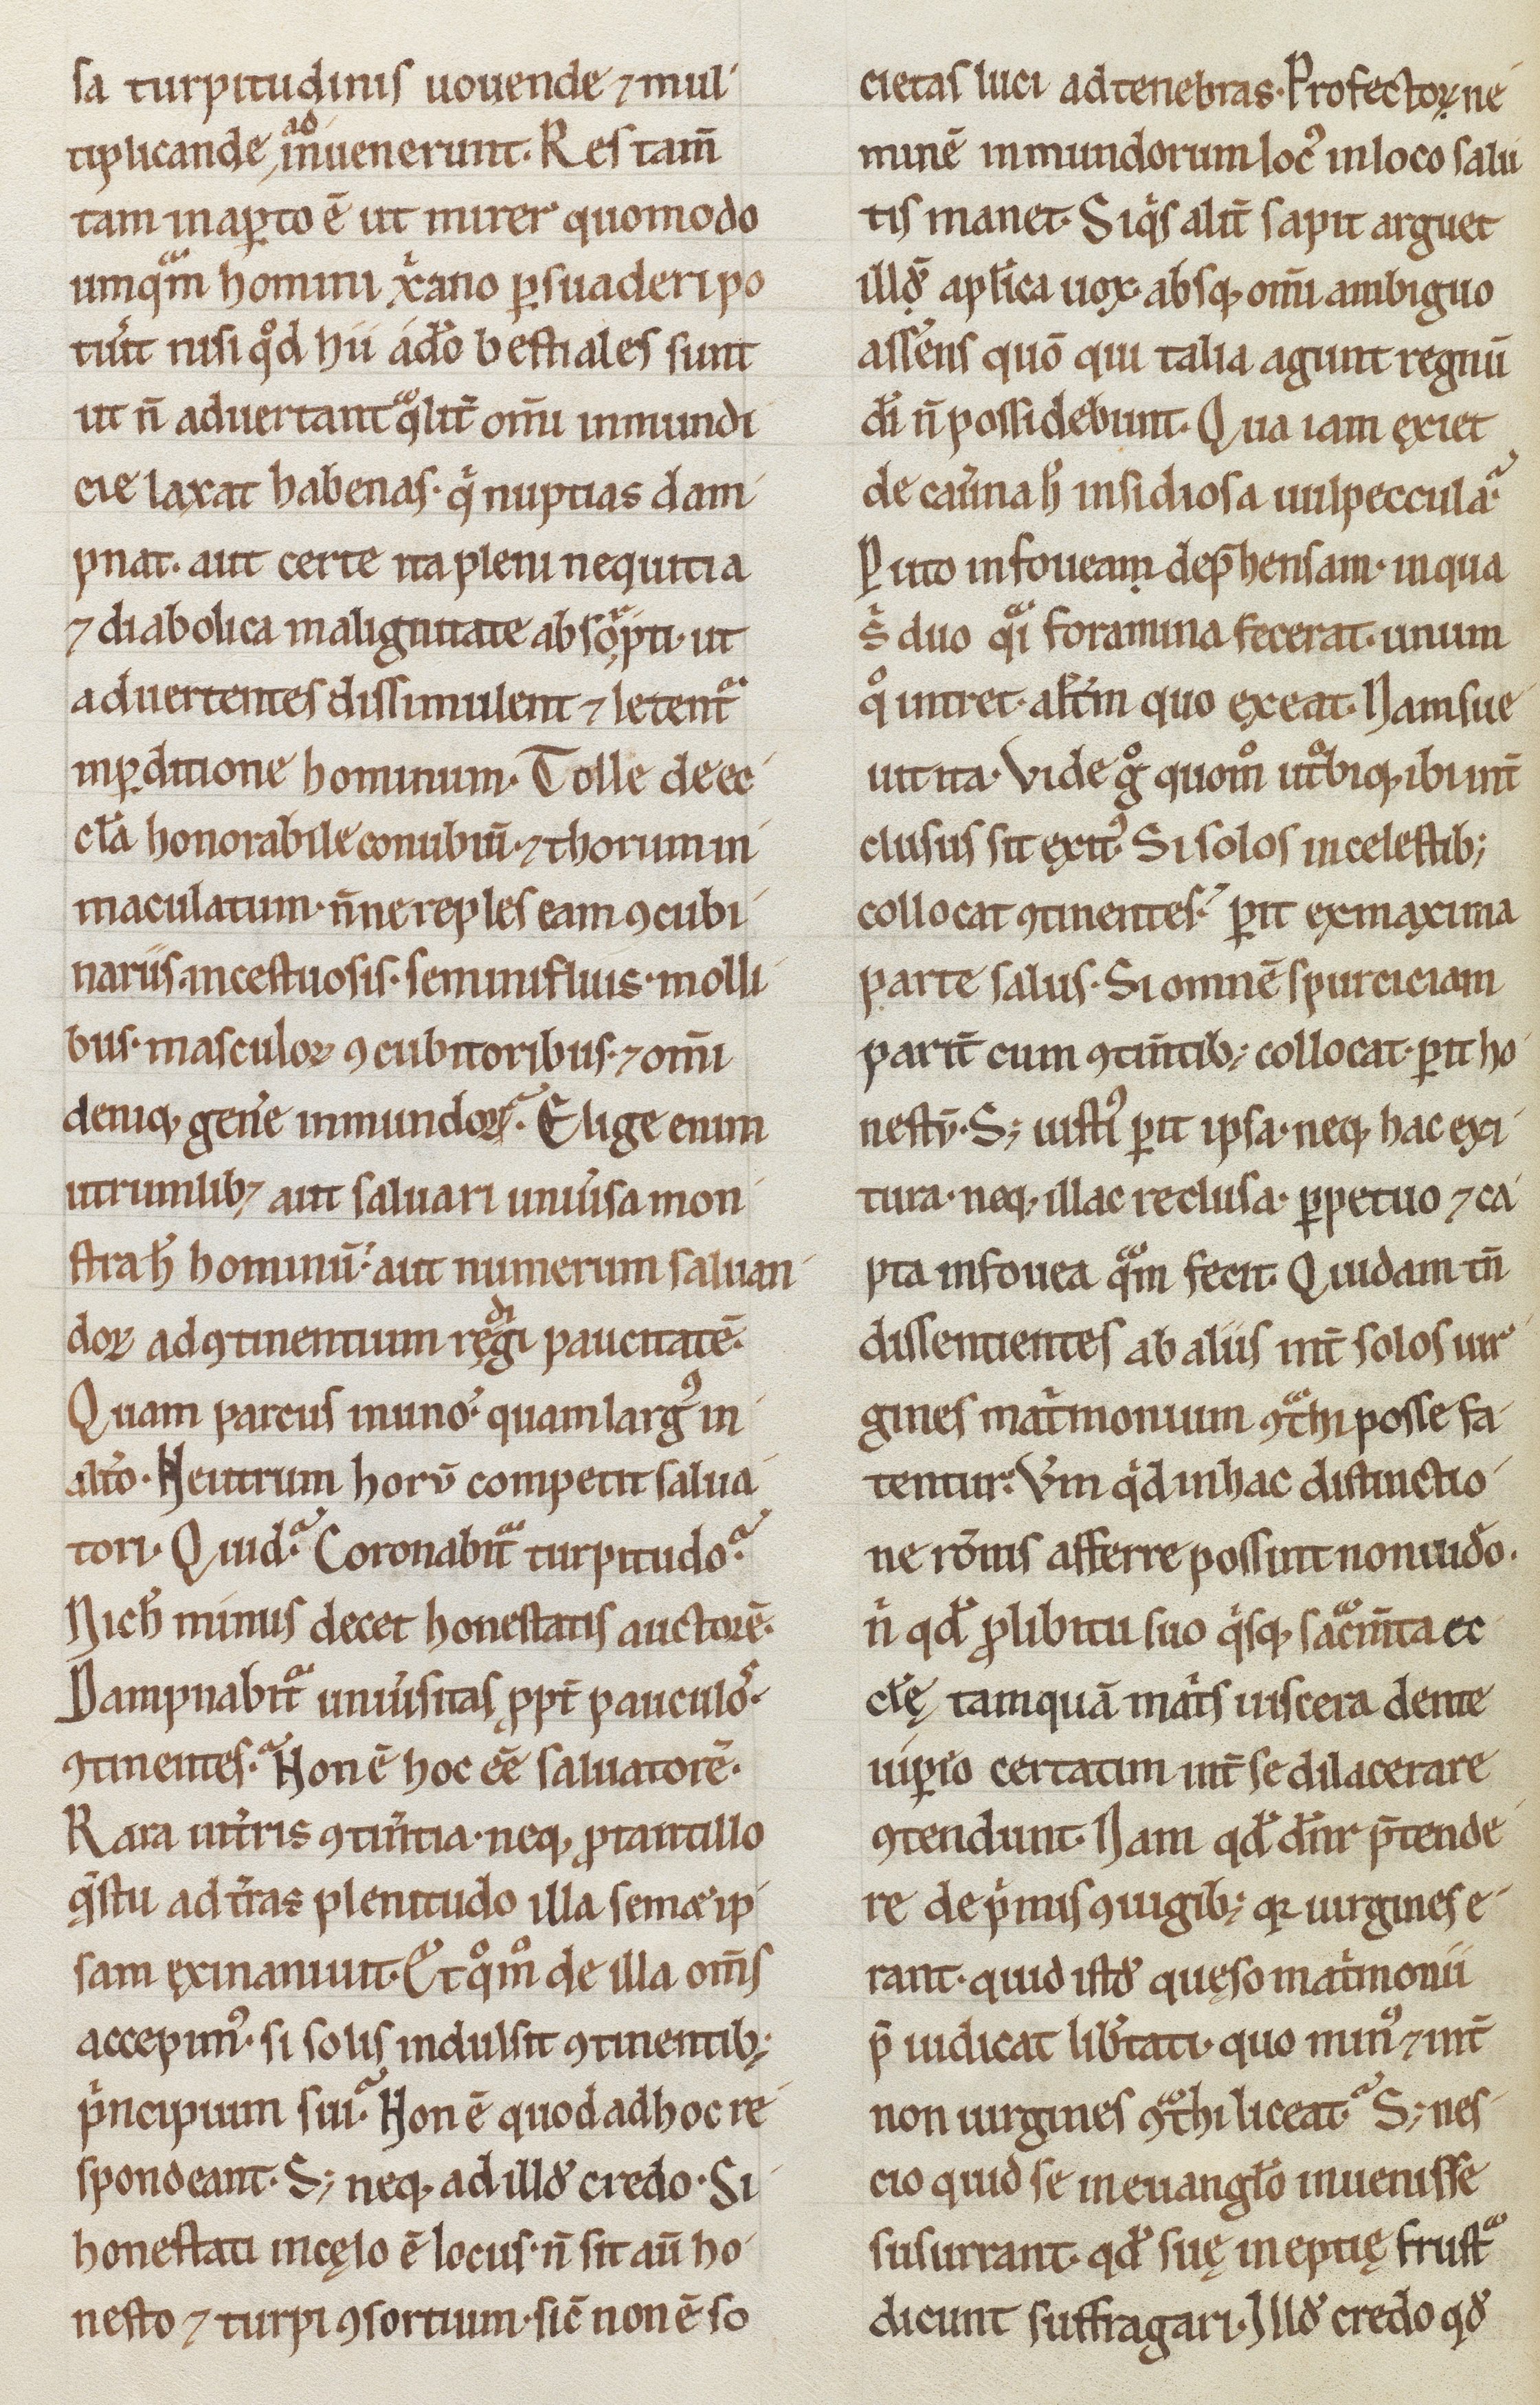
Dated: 1200–1299